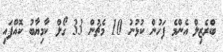
ބްރެޒިލް އެންމެ ފަހުން ކުޅުނު 10 މެޗުން 33 ގޯލް ކާމިޔާބު ކޮއްފައި